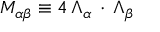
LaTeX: M _ { \alpha \beta } \equiv 4 \, \Lambda _ { \alpha } \, \cdot \, \Lambda _ { \beta }